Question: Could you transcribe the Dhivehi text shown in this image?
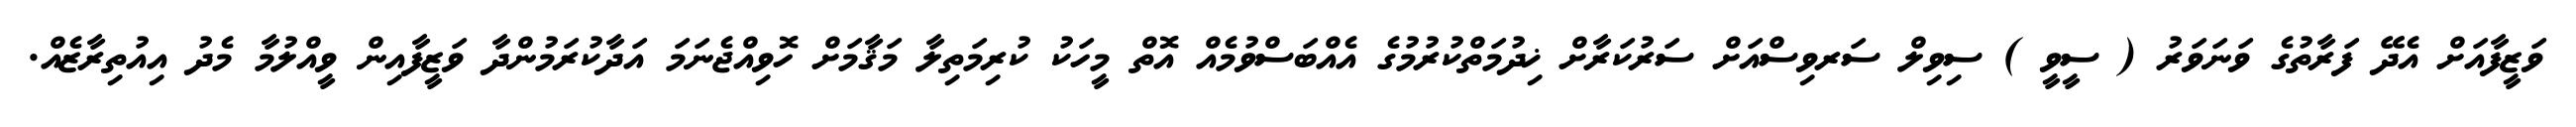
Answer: ވަޒީފާއަށް އެދޭ ފަރާތުގެ ވަނަވަރު ( ސީވީ ) ސިވިލް ސަރވިސްއަށް ސަރުކަރާށް ޚިދުމަތްކުރުމުގެ އެއްބަސްވުމެއް އޮތް މީހަކު ކުރިމަތިލާ މަޤާމަށް ހޮވިއްޖެނަމަ އަދާކުރަމުންދާ ވަޒީފާއިން ވީއްލުމާ މެދު އިއުތިރާޒެއް.